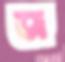
জ